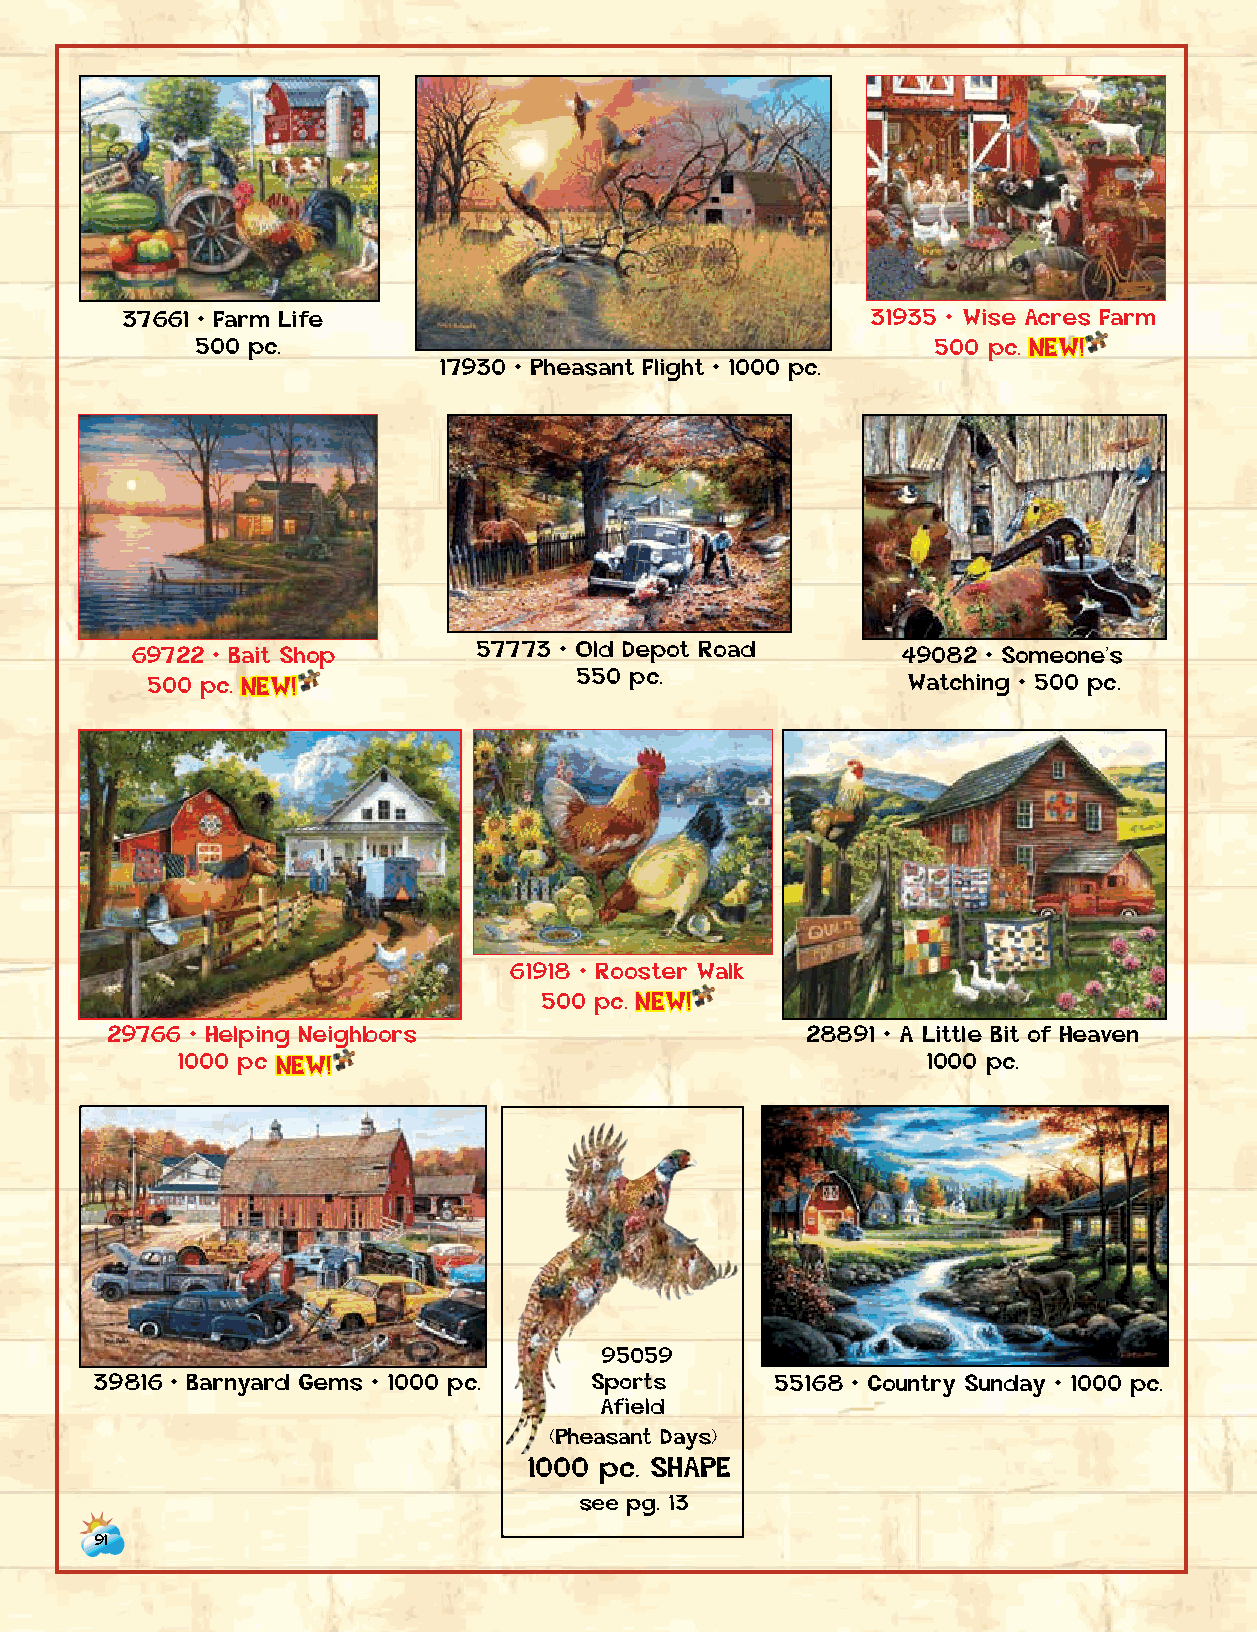
37661 • Farm Life                                 31935 • Wise Acres Farm
 500 pc.                                          500 p c . NEW!
 17930 • Pheasant Flight • 1000 pc.
 69722 • Bait Shop      57773 • Old Depot Road      49082 • Someone’s
 500 p c . NEW!              550 pc.               Watching • 500 pc.
 61918 • Rooster Walk
 500 p c . NEW!
 29766 • Helping Neighbors                     28891 • A Little Bit of Heaven
 1000 p c NEW!                                    1000 pc.
 95059
 39816 • Barnyard Gems • 1000 pc. Sports      55168 • Country Sunday • 1000 pc.
 Afield
 (Pheasant Days)
 1000 pc. SHAPE
 see pg. 13
 91